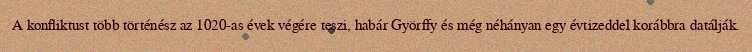
A konfliktust több történész az 1020-as évek végére teszi, habár Györffy és még néhányan egy évtizeddel korábbra datálják.